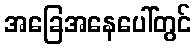
အခြေအနေပေါ်တွင်